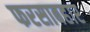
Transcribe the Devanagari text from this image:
फरसाबहार